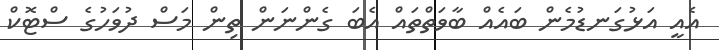
އެއީ އަޅުގަނޑުމެން ބައެއް ބާވަތްތައް އެބަ ގެންނަން ތިން މަސް ދުވަހުގެ ސްޓޮކް